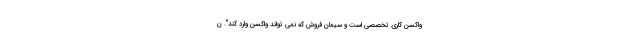
واکسن کاری تخصصی است و سیمان فروش که نمی تواند واکسن وارد کند". ن